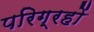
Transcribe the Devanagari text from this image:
परिग्रहों